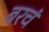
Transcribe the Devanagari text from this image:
बरचं